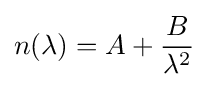
n(\lambda )=A+{\frac {B}{\lambda ^{2}}}